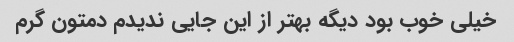
خیلی خوب بود دیگه بهتر از این جایی ندیدم دمتون گرم